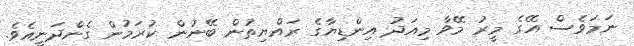
ނަމަވެސް އޭގެ މީރު މޭވާ މިއަދު އިންޑިޔާގެ ރައްޔިތުން ބޭނުން ކުރަމުން ގެންދަނީއެވެ.